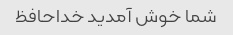
شما خوش آمدید خداحافظ